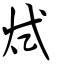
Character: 烒